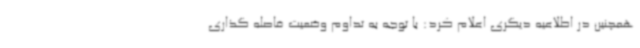
همچنین در اطلاعیه دیگری اعلام کرد: با توجه به تداوم وضعیت فاصله گذاری